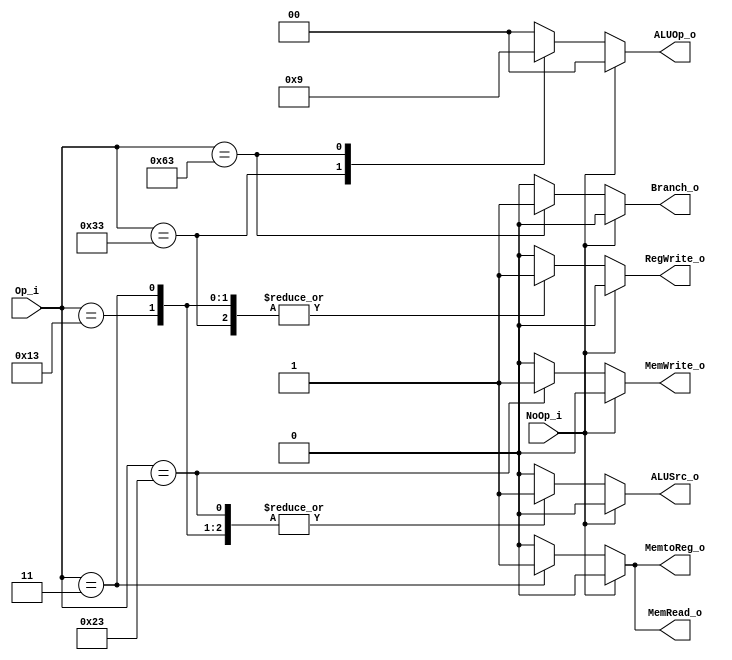
//Done
module Control
(
    Op_i       ,
    ALUOp_o    ,
    ALUSrc_o   ,
    RegWrite_o ,
    MemtoReg_o,
    MemRead_o,
    MemWrite_o,
    Branch_o,
    NoOp_i,

);

input [6:0] Op_i;
input NoOp_i;
output [1:0] ALUOp_o;
output ALUSrc_o,RegWrite_o,MemtoReg_o ,MemRead_o,MemWrite_o,Branch_o;
reg [1:0] ALUOp;
reg RegWrite, ALUSrc, MemtoReg, MemRead, MemWrite,Branch;

assign RegWrite_o = RegWrite;
assign ALUOp_o = ALUOp;
assign ALUSrc_o = ALUSrc;
assign MemtoReg_o = MemtoReg, MemRead_o=MemRead, MemWrite_o=MemWrite,Branch_o=Branch;
initial begin
            ALUOp=1'b0;
            ALUSrc=1'b0;
            RegWrite=0;
            MemtoReg=0;
            MemRead=0;
            MemWrite=0;
            Branch=0;
end

always @ (*) begin
    if(NoOp_i) begin
            ALUOp=1'b0;
            ALUSrc=1'b0;
            RegWrite=0;
            MemtoReg=0;
            MemRead=0;
            MemWrite=0;
            Branch=0;
    end
    else begin
        case (Op_i)
            //R-type
            7'b0110011: begin
                ALUOp=2'b10;
                ALUSrc=1'b0;
                RegWrite=1'b1;
                MemtoReg=1'b0;
                MemRead=1'b0;
                MemWrite=1'b0;
                Branch=1'b0;
            end
            //srai
            7'b0010011: begin
                ALUOp=2'b00;
                ALUSrc=1'b1;
                RegWrite=1'b1;
                MemtoReg=1'b0;
                MemRead=1'b0;
                MemWrite=1'b0;
                Branch=1'b0;
            end
            //load word
            7'b0000011: begin
                ALUOp=2'b00;
                ALUSrc=1'b1;
                RegWrite=1'b1;
                MemtoReg=1'b1;
                MemRead=1'b1;
                MemWrite=1'b0;
                Branch=1'b0;

            end
            //store word
            7'b0100011: begin
                ALUOp=2'b00;
                ALUSrc=1'b1;
                RegWrite=1'b0;
                MemtoReg=1'b0;
                MemRead=1'b0;
                MemWrite=1'b1;
                Branch=1'b0;
            end
            //beq
            7'b1100011: begin
                ALUOp=2'b01;
                ALUSrc=1'b0;
                RegWrite=1'b0;
                MemtoReg=1'b0;
                MemRead=1'b0;
                MemWrite=1'b0;
                Branch=1'b1;
            end
            default: begin
                ALUOp=0;
                ALUSrc=0;
                RegWrite=0;
                MemtoReg=0;
                MemRead=0;
                MemWrite=0;
                Branch=0;
            end
        endcase
    end
end
endmodule